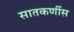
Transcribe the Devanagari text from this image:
सातकर्णीस